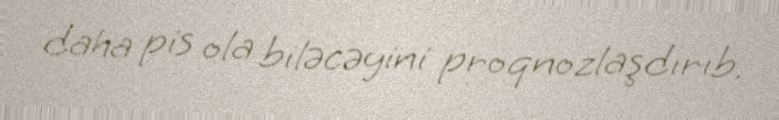
daha pis ola biləcəyini proqnozlaşdırıb.